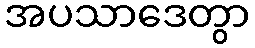
အပသာဒေတွာ